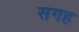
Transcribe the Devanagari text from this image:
सगह